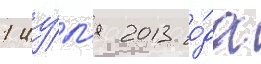
1 иу́л'я 2013 го́да